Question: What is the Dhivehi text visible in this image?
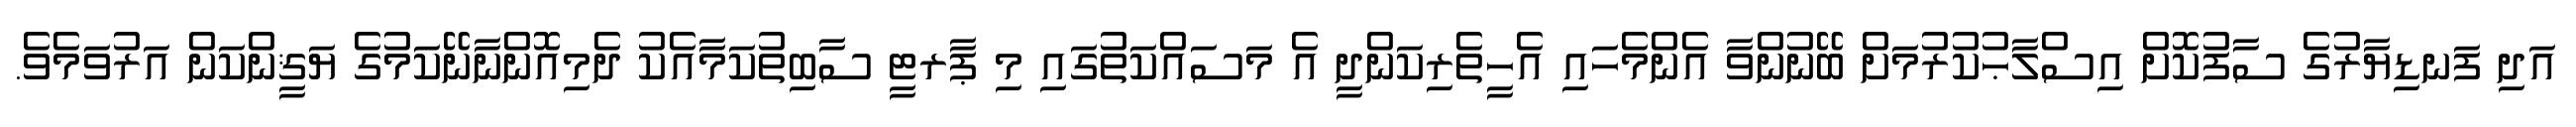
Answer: އަދި ފަނޑިޔާރުގެ ސާފުކޮށް އިސްލާޙުކުރުމަށް ބޭނުންވާ އެންމެހައި އެހީތެރިކަންދީ އެ މަސައްކަތުގައި މި ޕާރޓީ ސާބިތުކަމާއެކު ދެމިއޮންނާނޭކަމުގެ ޔަޤީންކަން އަރުވަމެވެ.